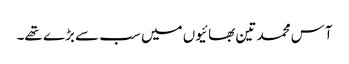
آس محمد تین بھائیوں میں سب سے بڑے تھے۔